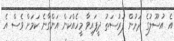
އެ އުސޫލުގެ ދަށުން ފުރުސަތު ދީފައިވާ މީހެއްކަން އަންގާނެ ކަމަށް ވެސް އެ